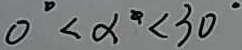
0 ^ { \circ } < \alpha < 3 0 ^ { \circ }